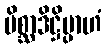
မိစ္ဆာဒိဋ္ဌိမ္ပာဟံ